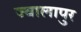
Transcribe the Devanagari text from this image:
ज्‍वालापुर